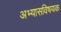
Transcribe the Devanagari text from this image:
अभ्यासविषयक